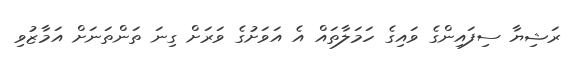
ރަޝިޔާ ސިފައިންގެ ވައިގެ ހަމަލާތައް އެ އަވަށުގެ ވަރަށް ގިނަ ތަންތަނަށް އަމާޒުވި